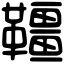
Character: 韁